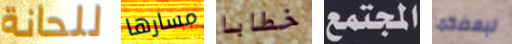
للحانة مسارها خطابا المجتمع لبعضكما